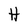
Character: H